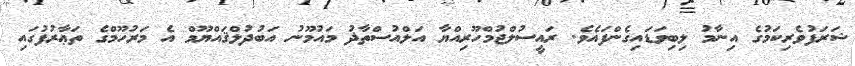
ޝަރަފުވެރިކަމުގެ އިނާމު ލިބިވަޑައިގެންފައެވެ. ރައީސުލްޖުމްހޫރިއްޔާ އަލްއުސްތާޛު މައުމޫނު އަބުދުލްޤައްޔޫމް އެ މަރުހޫމްގެ ތަޢާރުފުގައި